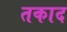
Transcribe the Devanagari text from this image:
तकाद